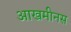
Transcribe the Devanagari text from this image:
आखमीनस